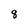
Character: 8